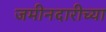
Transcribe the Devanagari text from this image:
जमीनदारीच्या